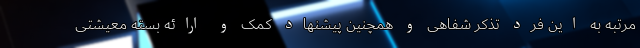
مرتبه به این فرد تذکر شفاهی و همچنین پیشنهاد کمک و ارائه بسته معیشتی